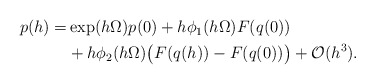
\begin{align*} \begin{aligned}p(h) =& \exp(h\Omega) p(0) + h \phi_1(h \Omega) F(q(0)) \\ &+ h \phi_2(h \Omega) \big( F(q(h)) - F(q(0)) \big) + \mathcal{O}(h^3).\end{aligned}\end{align*}